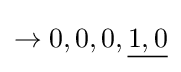
\rightarrow 0,0,0,{\underline {1,0}}